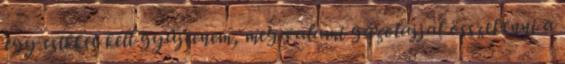
egy csikket kell gyűjtenem, meg valami gázolajjal összekenni a